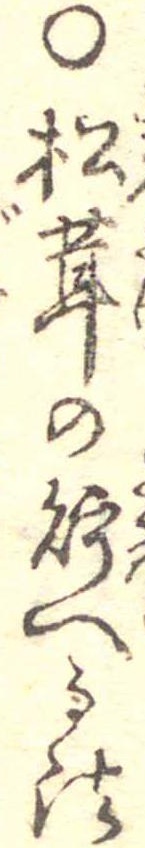
○松茸の貯へる法